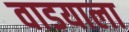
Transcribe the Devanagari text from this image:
वाडयाला